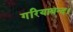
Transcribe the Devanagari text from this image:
गरियाबन्द।